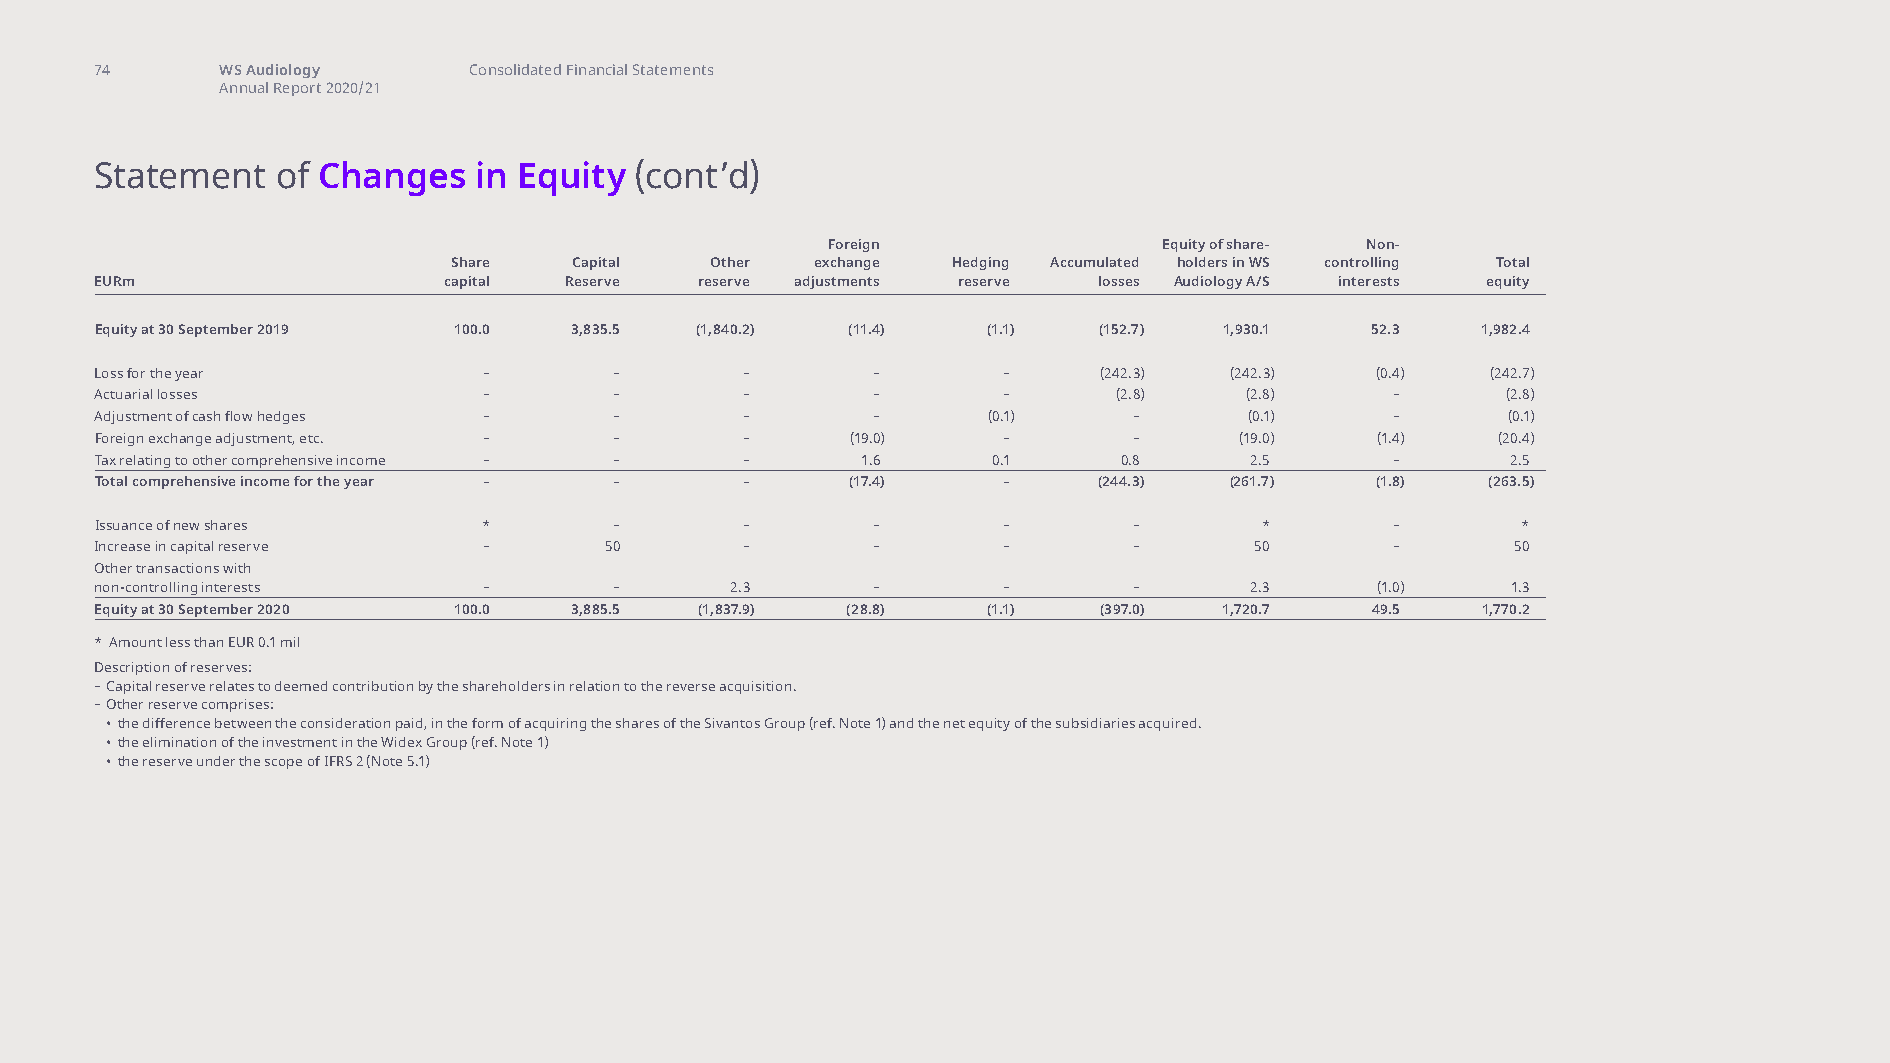
74       WS Audiology    Consolidated Financial Statements
 Annual Report 2020/21
 Statement   of Changes   in Equity  (cont’d)
 Foreign               Equity of share- Non-
 Share   Capital  Other  exchange Hedging Accumulated holders in WS controlling Total
 EURm                   capital Reserve  reserve adjustments reserve losses Audiology A/S interests equity
 Equity at 30 September 2019 100.0 3,835.5 (1,840.2) (11.4) (1.1)   (152.7) 1,930.1   52.3   1,982.4
 Loss for the year         –        –       –        –       –      (242.3) (242.3)   (0.4)   (242.7)
 Actuarial losses          –        –       –        –       –       (2.8)   (2.8)     –       (2.8)
 Adjustment of cash flow hedges –   –       –        –      (0.1)     –       (0.1)    –       (0.1)
 Foreign exchange adjustment, etc. – –      –      (19.0)    –        –      (19.0)   (1.4)   (20.4)
 Tax relating to other comprehensive income – – –   1.6      0.1     0.8      2.5      –       2.5
 Total comprehensive income for the year – – –     (17.4)    –      (244.3) (261.7)   (1.8)  (263.5)
 Issuance of new shares    *        –       –        –       –        –        *       –        *
 Increase in capital reserve –     50       –        –       –        –       50       –       50
 Other transactions with
 non-controlling interests –        –      2.3       –       –        –       2.3     (1.0)    1.3
 Equity at 30 September 2020 100.0 3,885.5 (1,837.9) (28.8) (1.1)   (397.0) 1,720.7   49.5   1,770.2
 * Amount less than EUR 0.1 mil
 Description of reserves:
 – Capital reserve relates to deemed contribution by the shareholders in relation to the reverse acquisition.
 – Other reserve comprises:
 • the difference between the consideration paid, in the form of acquiring the shares of the Sivantos Group (ref. Note 1) and the net equity of the subsidiaries acquired.
 • the elimination of the investment in the Widex Group (ref. Note 1)
 • the reserve under the scope of IFRS 2 (Note 5.1)